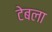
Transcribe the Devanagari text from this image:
टेबला